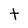
Character: t